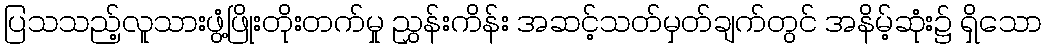
ပြသသည့်လူသားဖွံ့ဖြိုးတိုးတက်မှု ညွှန်းကိန်း အဆင့်သတ်မှတ်ချက်တွင် အနိမ့်ဆုံး၌ ရှိသော